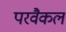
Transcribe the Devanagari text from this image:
परवैकल